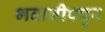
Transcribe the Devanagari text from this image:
भवानीपपुर